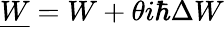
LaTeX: \underline{{W}}=W+\theta i\hbar\Delta W